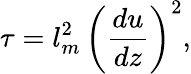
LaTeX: \tau=l_{m}^{2}\, \left(\frac{du}{dz}\right)^{2},